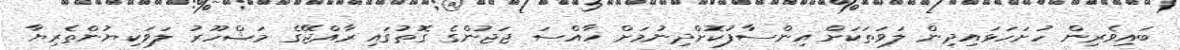
ބައިވެރިން ހުށަހަޅައިދިން ލަވަތަކަށް އިންސާފުކޮށްދިނުމަށް ހާއްސަ ޖަޖުންގެ ގޮތުގައި ރާއްޖޭގެ މަޝްހޫރު ލަވަކިޔުންތެރިޔާ